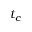
t _ { c }